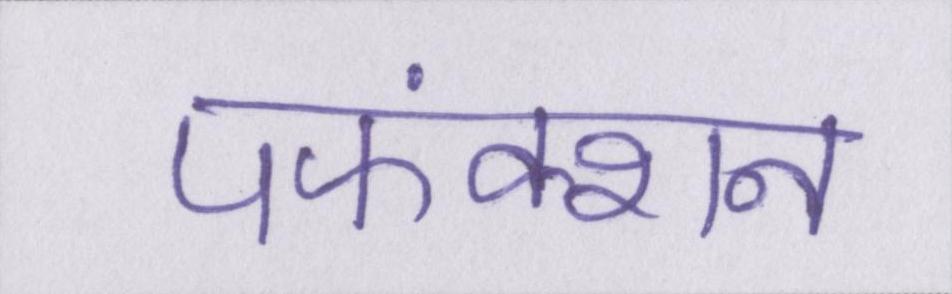
पफंक्शन